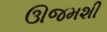
ઊજમશી